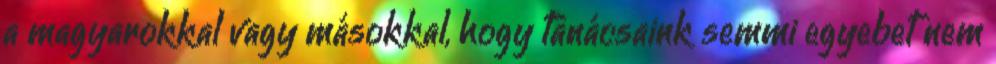
a magyarokkal vagy másokkal, hogy tanácsaink semmi egyebet nem